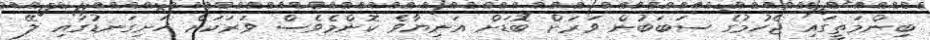
ބިންމަތީގައި ޖެހުމުގެ ސަބަބުން ވަރަށް ބޮޑަށް އަނިޔާވެ ކޮންމެވެސް ވަރަކަށް ހަށިގަނޑުގައި ލޭ